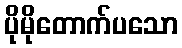
ပိုမိုတောက်ပသော